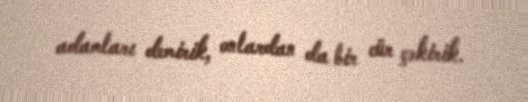
adamları demirik, onlardan da bir cür çəkirik.